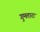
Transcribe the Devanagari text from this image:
गुमतारा